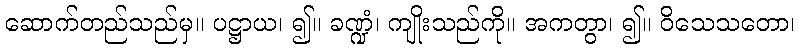
ဆောက်တည်သည်မှ။ ပဋ္ဌာယ၊ ၍။ ခဏ္ဍံ၊ ကျိုးသည်ကို။ အကတွာ၊ ၍။ ဝိသေသတော၊